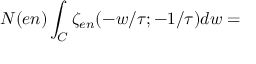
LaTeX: { \cal N } ( e n ) \int _ { C } \zeta _ { e n } ( - w / \tau ; - 1 / \tau ) d w =